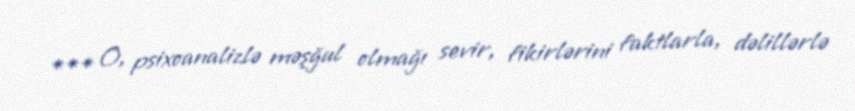
*** O, psixoanalizlə məşğul olmağı sevir, fikirlərini faktlarla, dəlillərlə